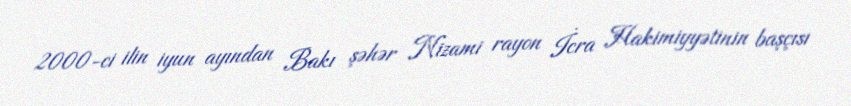
2000-ci ilin iyun ayından Bakı şəhər Nizami rayon İcra Hakimiyyətinin başçısı